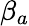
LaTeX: \beta_{a}